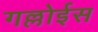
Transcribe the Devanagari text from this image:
गल्लोईस